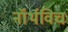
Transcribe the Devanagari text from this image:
नॉर्थविच